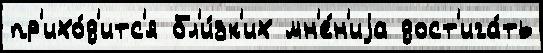
пр'ихо́д'итс'я бл'и́зк'их мн'е́н'иjа дост'ига́ть